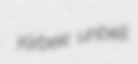
Kirbee unbell